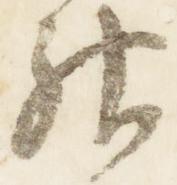
神